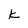
Character: k